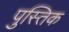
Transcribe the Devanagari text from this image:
पुस्तिक